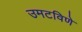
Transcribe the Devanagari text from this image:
उमटविणे